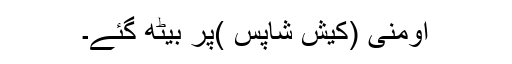
اومنی (کیش شاپس )پر بیٹھ گئے۔